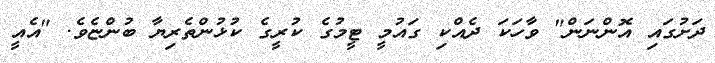
ދަށުގައި އޮންނަން" ވާހަކަ ދެއްކި ގައުމީ ޓީމުގެ ކުރީގެ ކުޅުންތެރިޔާ ބުންޏެވެ. "އެއީ